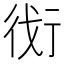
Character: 𬠾